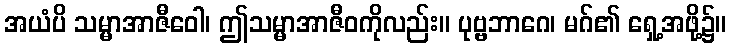
အယံပိ သမ္မာအာဇီဝေါ၊ ဤသမ္မာအာဇီဝကိုလည်း။ ပုဗ္ဗဘာဂေ၊ မဂ်၏ ရှေ့အဖို့၌။